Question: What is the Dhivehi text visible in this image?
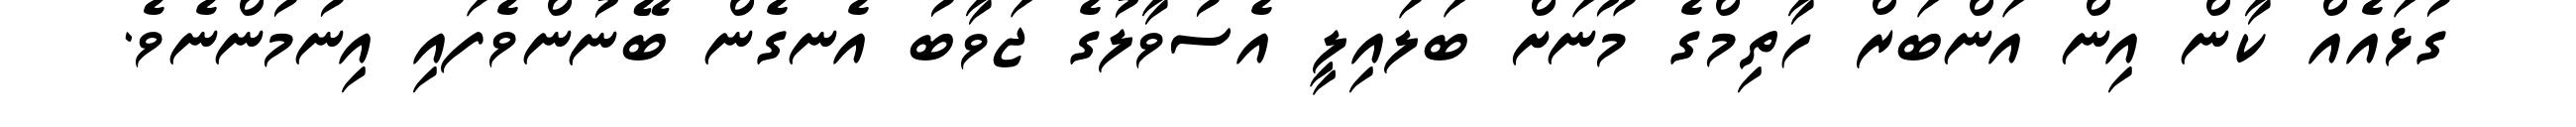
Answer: ގުޅައެއް ކާން އިން އަންބަރް ހާތިމްގެ މޫނަށް ބަލައިލީ އެސުވާލުގެ ޖަވާބު އެނގެން ބޭނުންވެފައި އިނުމުންނެވެ.